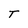
Character: T